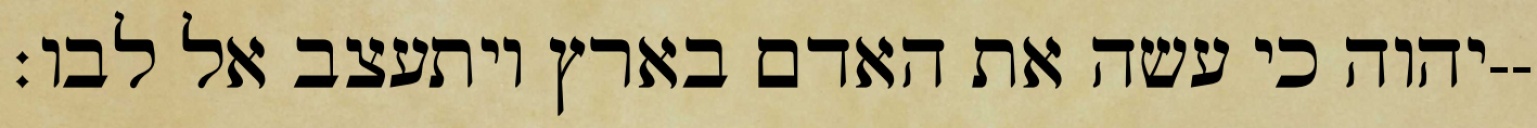
יהוה כי עשה את האדם בארץ ויתעצב אל לבו׃--